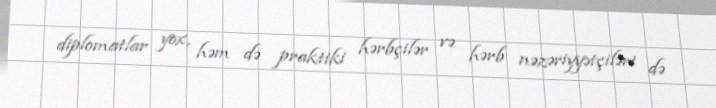
diplomatlar yox, həm də praktiki hərbçilər və hərb nəzəriyyətçiləri də